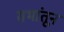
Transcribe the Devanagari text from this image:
सभांतून